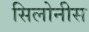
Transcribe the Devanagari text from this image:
सिलोनीस